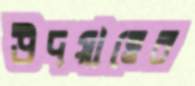
উদয়াত্তের